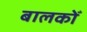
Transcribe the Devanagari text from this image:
बालकोँ